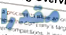
مقدرا